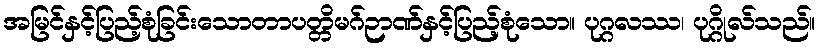
အမြင်နှင့်ပြည့်စုံခြင်းသောတာပတ္တိမဂ်ဉာဏ်နှင့်ပြည့်စုံသော။ ပုဂ္ဂလဿ၊ ပုဂ္ဂိုလ်သည်။